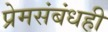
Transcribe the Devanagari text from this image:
प्रेमसंबंधही